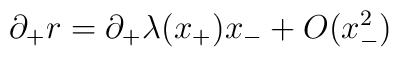
\partial_+ r=\partial_+\lambda (x_+)x_-+O(x_-^2)